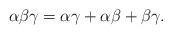
LaTeX: \begin{align*}\alpha\beta\gamma=\alpha\gamma+\alpha\beta+\beta\gamma.\end{align*}